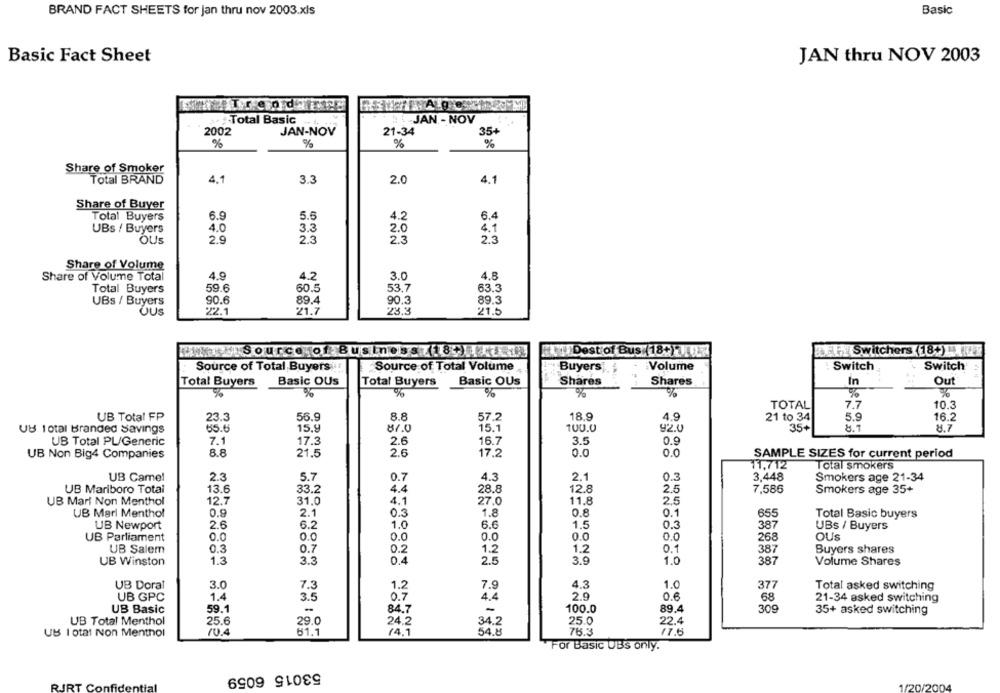
BRAND FACT SHEETS for jan thru nov 2003.xls
Basic
Basic Fact Sheet
JAN thru NOV 2003
· #Total Basic
TH JAN - NOV
2002
JAN-NOV
21-34
35+
%
%
%
%
Share of Smoker
Total BRAND
4.1
3.3
2.0
4.1
Share of Buyer
6.9
5.5
4.2
6.4
Total Buyers
UBs / Buyers
4.0
3.3
2.0
4.1
OUS
2.9
2.3
2.3
2.3
Share of Volume
Share of Volume Total
4.9
4.2
3.0
4.8
Total Buyers
59.6
60.5
53.7
63.3
UBs / Buyers
90.6
89.4
90.3
89.3
OUS
22.1
21.7
23.3
21.5
Source of Business7 18.) 48
1 Dest of Bus (18+)
.Switchers (18+) -
Source of Total,Buyers.
Buyers
Volume
Switch
Switch
Source of Total Volume
Basic OUs
Basic OUs
Shares
In
Out
Total Buyers
Total Buyers
Shares
%
%
%
%
%
TOTAL
7.7
10.3
18.9
4.9
UB Total FP
23.3
56.9
8.8
57.2
21 to 34
5.9
16.2
UB 10tal Branded Savings
65.6
15,9
81.0
15.1
100.0
92.0
35+
8.7
8.7
UB Total PL/Generic
7.1
17.3
2.6
16.7
3.5
0.9
UB Non Big4 Companies
8.8
21.5
2.6
17.2
0.0
0.0
SAMPLE SIZES for current period
11,712
Total smokers
UB Camel
2.3
5.7
0.7
4.3
2.1
0.3
3,448
Smokers age 21-34
UB Mariboro Total
13.6
33.2
4.4
28.8
12.8
2.5
7,586
Smokers age 35+
UB Mari Non Menthol
12.7
31.0
4.1
27.0
11.8
2.5
UB Marl Menthol
0.9
2.1
0.3
1.8
0.8
0.1
655
Total Basic buyers
UB Newport
2.6
6.2
1.0
6.6
1.5
0.3
387
UBs / Buyers
UB Parliament
0.0
0.0
0.0
0.0
0.0
0.0
268
OUs
0.7
0.2
1.2
0.1
UB Salem
0.3
1.2
387
Buyers shares
UB Winston
1.3
3.3
0.4
2.5
3.9
1.0
387
Volume Shares
UB Doral
3.0
7.3
1.2
7.9
4.3
1.0
377
Total asked switching
UB GPC
1.4
0.7
2.9
0.6
3.5
4.4
68
21-34 asked switching
UB Basic
59.1
-
84.7
-
100.0
89.4
309
35+ asked switching
UB Total Menthol
25.6
29.0
24.2
34.2
25.0
22.4
UB I otat Non Menthol
10.4
61.1
(4.1
54.8
76.3
For Basic UBS only.
53015 6059
RIRT